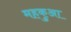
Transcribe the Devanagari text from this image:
महकुआ